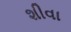
શીવા